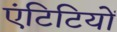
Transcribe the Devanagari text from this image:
एंटिटियों